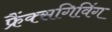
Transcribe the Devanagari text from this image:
फ्रैंक्सगिविंग